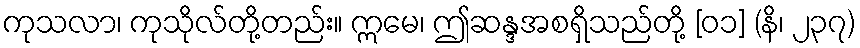
ကုသလာ၊ ကုသိုလ်တို့တည်း။ ဣမေ၊ ဤဆန္ဒအစရှိသည်တို့ [၀၁] (နိ၊ ၂၃၇)